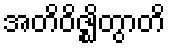
အတိဝိဇ္ဈိတွာတိ